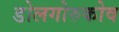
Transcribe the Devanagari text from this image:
डोलगोरुकोव